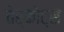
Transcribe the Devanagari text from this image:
तेर्कोट्स